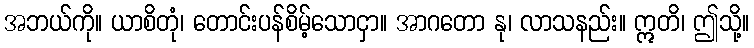
အဘယ်ကို။ ယာစိတုံ၊ တောင်းပန်စိမ့်သောငှာ။ အာဂတော နု၊ လာသနည်း။ ဣတိ၊ ဤသို့။